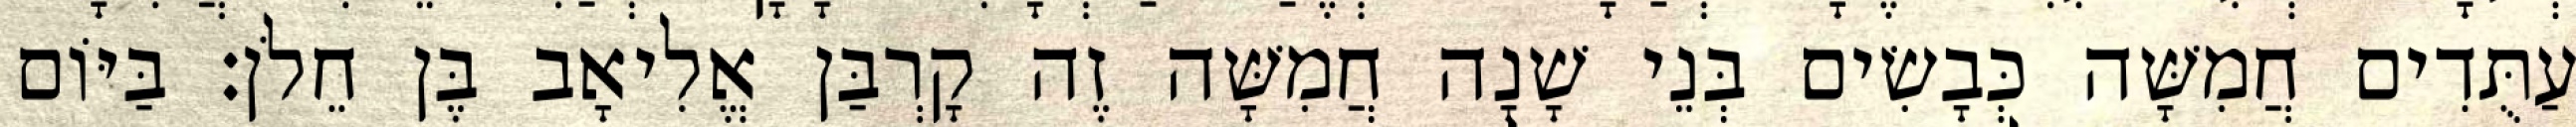
עַתֻּדִים חֲמִשָּׁה כְּבָשִׂים בְּנֵי שָׁנָה חֲמִשָּׁה זֶה קָרְבַּן אֱלִיאָב בֶּן חֵלֹן׃ בַּיּוֹם